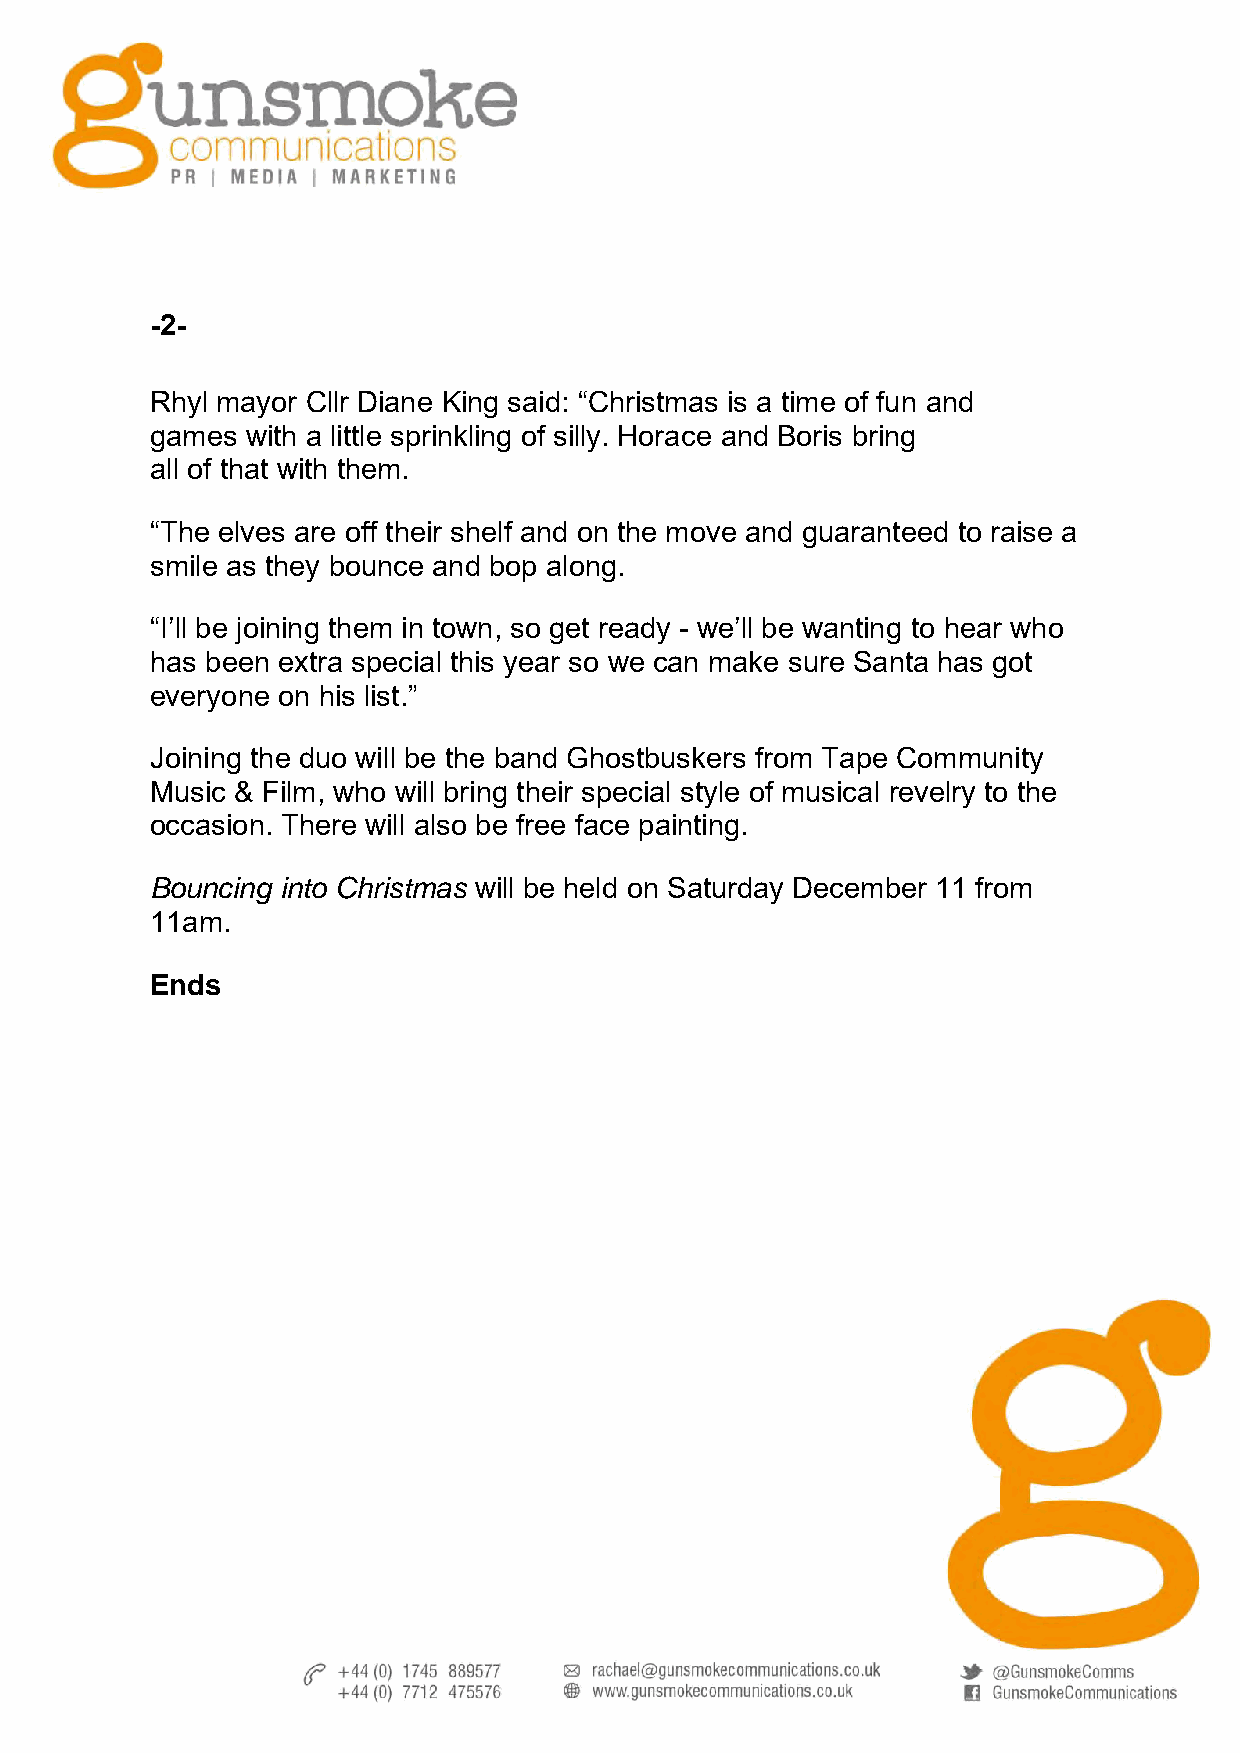
-2-
 Rhyl mayor Cllr Diane King said: “Christmas is a time of fun and
 games with a little sprinkling of silly. Horace and Boris bring
 all of that with them.
 “The elves are off their shelf and on the move and guaranteed to raise a
 smile as they bounce and bop along.
 “I’ll be joining them in town, so get ready - we’ll be wanting to hear who
 has been extra special this year so we can make sure Santa has got
 everyone on his list.”
 Joining the duo will be the band Ghostbuskers from Tape Community
 Music & Film, who will bring their special style of musical revelry to the
 occasion. There will also be free face painting.
 Bouncing into Christmas will be held on Saturday December 11 from
 11am.
 Ends